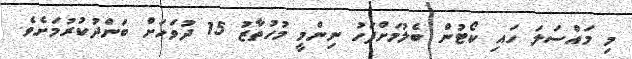
މި މައްސަލަ ހައި ކޯޓުން ބެލުމަށްފަހު ނިންމީ މުހުތާޒު 15 ދުވަހަށް ބަންދުކުރުމަށެވެ.